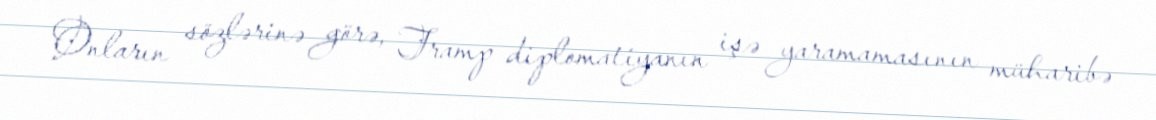
Onların sözlərinə görə, Tramp diplomatiyanın işə yaramamasının müharibə